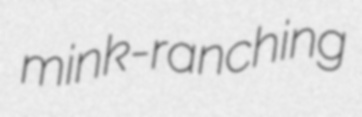
mink-ranching